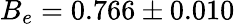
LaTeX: B_{e}={0.766\pm 0.010}